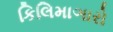
કિલિમાઞારો